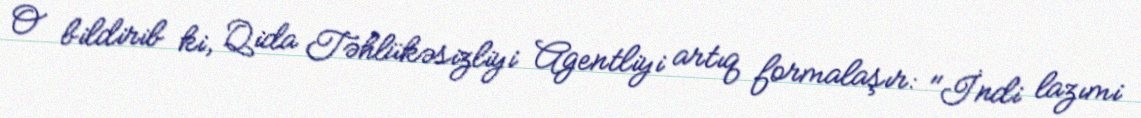
O bildirib ki, Qida Təhlükəsizliyi Agentliyi artıq formalaşır: "İndi lazımi